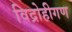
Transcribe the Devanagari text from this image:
विद्रोहीगण